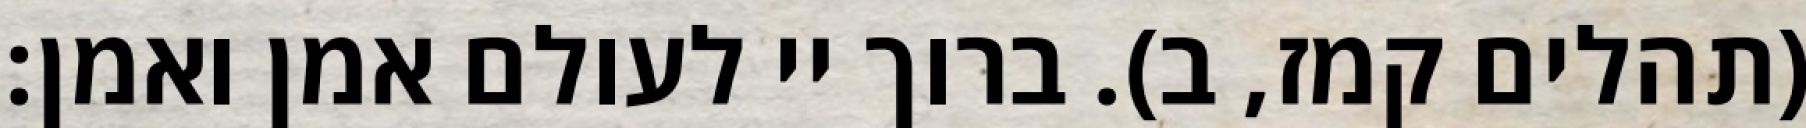
(תהלים קמז, ב). ברוך יי לעולם אמן ואמן: